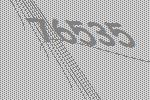
76535